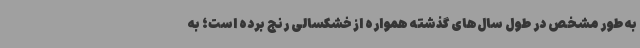
به طور مشخص در طول سال‌های گذشته همواره از خشکسالی رنج برده است؛ به